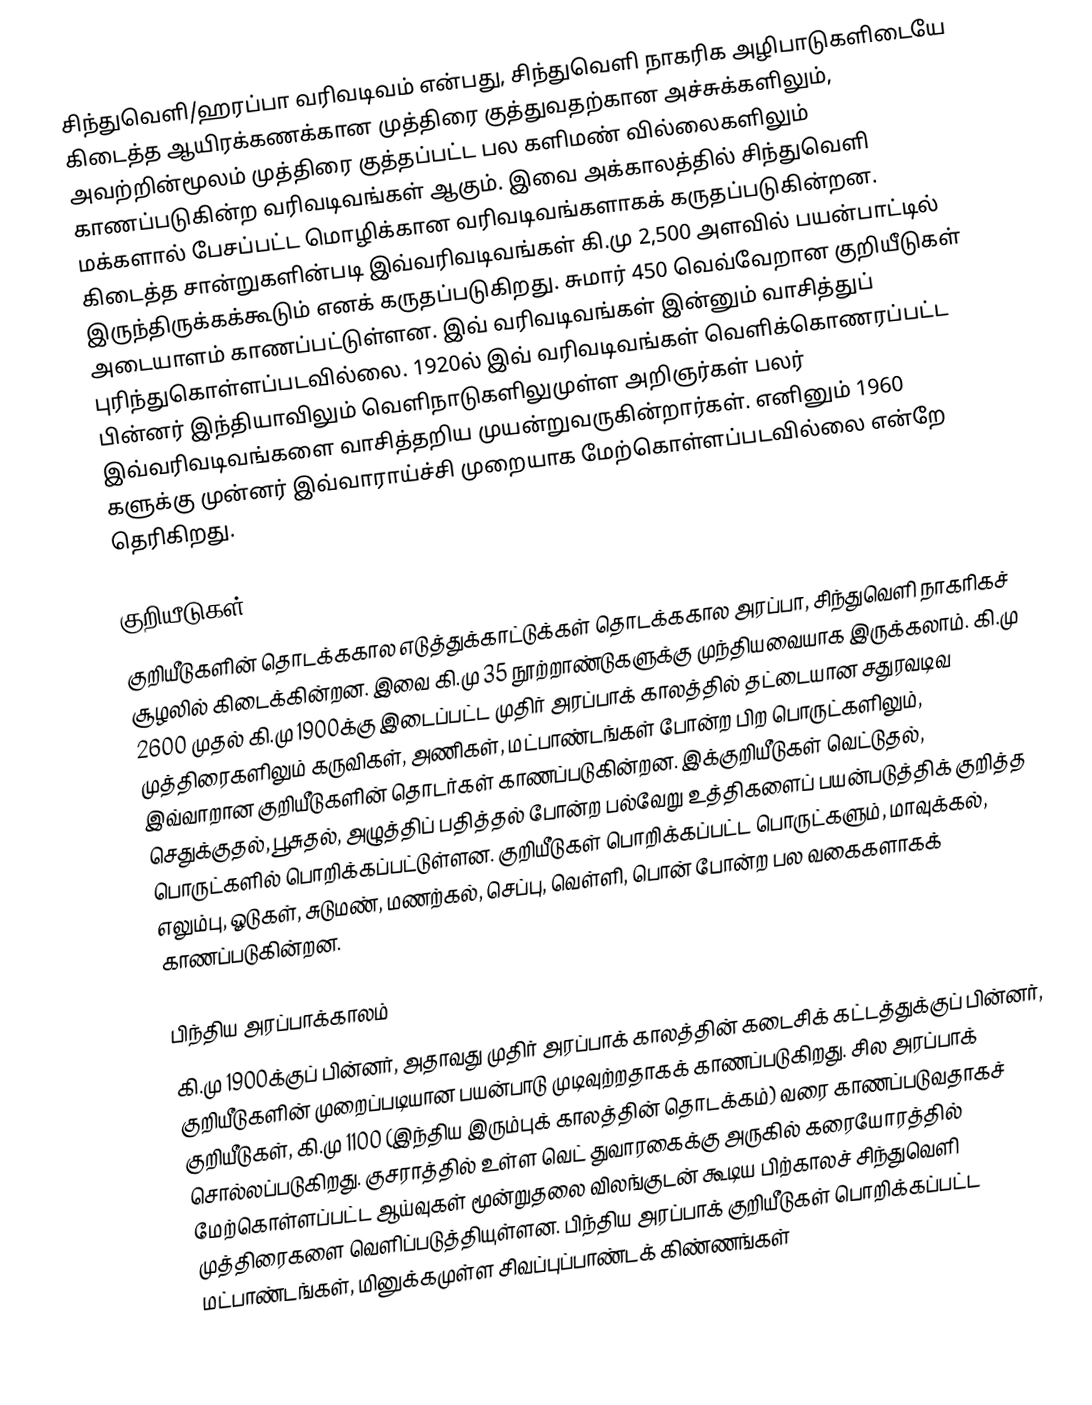
சிந்துவெளி/ஹரப்பா வரிவடிவம் என்பது, சிந்துவெளி நாகரிக அழிபாடுகளிடையே கிடைத்த ஆயிரக்கணக்கான முத்திரை குத்துவதற்கான அச்சுக்களிலும், அவற்றின்மூலம் முத்திரை குத்தப்பட்ட பல களிமண் வில்லைகளிலும் காணப்படுகின்ற வரிவடிவங்கள் ஆகும். இவை அக்காலத்தில் சிந்துவெளி மக்களால் பேசப்பட்ட மொழிக்கான வரிவடிவங்களாகக் கருதப்படுகின்றன. கிடைத்த சான்றுகளின்படி இவ்வரிவடிவங்கள் கி.மு 2,500 அளவில் பயன்பாட்டில் இருந்திருக்கக்கூடும் எனக் கருதப்படுகிறது. சுமார் 450 வெவ்வேறான குறியீடுகள் அடையாளம் காணப்பட்டுள்ளன. இவ் வரிவடிவங்கள் இன்னும் வாசித்துப் புரிந்துகொள்ளப்படவில்லை. 1920ல் இவ் வரிவடிவங்கள் வெளிக்கொணரப்பட்ட பின்னர் இந்தியாவிலும் வெளிநாடுகளிலுமுள்ள அறிஞர்கள் பலர் இவ்வரிவடிவங்களை வாசித்தறிய முயன்றுவருகின்றார்கள். எனினும் 1960 களுக்கு முன்னர் இவ்வாராய்ச்சி முறையாக மேற்கொள்ளப்படவில்லை என்றே தெரிகிறது.

குறியீடுகள்
குறியீடுகளின் தொடக்ககால எடுத்துக்காட்டுக்கள் தொடக்ககால அரப்பா, சிந்துவெளி நாகரிகச் சூழலில் கிடைக்கின்றன. இவை கி.மு 35 நூற்றாண்டுகளுக்கு முந்தியவையாக இருக்கலாம். கி.மு 2600 முதல் கி.மு 1900க்கு இடைப்பட்ட முதிர் அரப்பாக் காலத்தில் தட்டையான சதுரவடிவ முத்திரைகளிலும் கருவிகள், அணிகள், மட்பாண்டங்கள் போன்ற பிற பொருட்களிலும், இவ்வாறான குறியீடுகளின் தொடர்கள் காணப்படுகின்றன. இக்குறியீடுகள் வெட்டுதல், செதுக்குதல், பூசுதல், அழுத்திப் பதித்தல் போன்ற பல்வேறு உத்திகளைப் பயன்படுத்திக் குறித்த பொருட்களில் பொறிக்கப்பட்டுள்ளன. குறியீடுகள் பொறிக்கப்பட்ட பொருட்களும், மாவுக்கல், எலும்பு, ஓடுகள், சுடுமண், மணற்கல், செப்பு, வெள்ளி, பொன் போன்ற பல வகைகளாகக் காணப்படுகின்றன.

பிந்திய அரப்பாக்காலம்
கி.மு 1900க்குப் பின்னர், அதாவது முதிர் அரப்பாக் காலத்தின் கடைசிக் கட்டத்துக்குப் பின்னர், குறியீடுகளின் முறைப்படியான பயன்பாடு முடிவுற்றதாகக் காணப்படுகிறது. சில அரப்பாக் குறியீடுகள், கி.மு 1100 (இந்திய இரும்புக் காலத்தின் தொடக்கம்) வரை காணப்படுவதாகச் சொல்லப்படுகிறது. குசராத்தில் உள்ள வெட் துவாரகைக்கு அருகில் கரையோரத்தில் மேற்கொள்ளப்பட்ட ஆய்வுகள் மூன்றுதலை விலங்குடன் கூடிய பிற்காலச் சிந்துவெளி முத்திரைகளை வெளிப்படுத்தியுள்ளன. பிந்திய அரப்பாக் குறியீடுகள் பொறிக்கப்பட்ட மட்பாண்டங்கள், மினுக்கமுள்ள சிவப்புப்பாண்டக் கிண்ணங்கள்